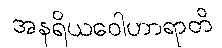
အနရိယဝေါဟာရာတိ